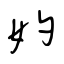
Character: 妁